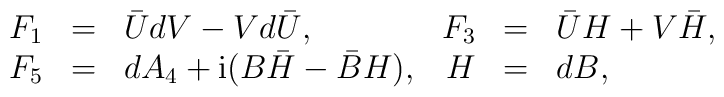
\begin{array}{rclrcl}F_1 & = & \bar U d V - V d \bar U,&F_3 & = & \bar U H + V \bar H,  \\F_5 & = & d A_4 + {\rm i} (B \bar H - \bar B H),&H &=& dB,\end{array}